Lunatic asylums Burma 1922-24 - 1922-1924
Year: 1922
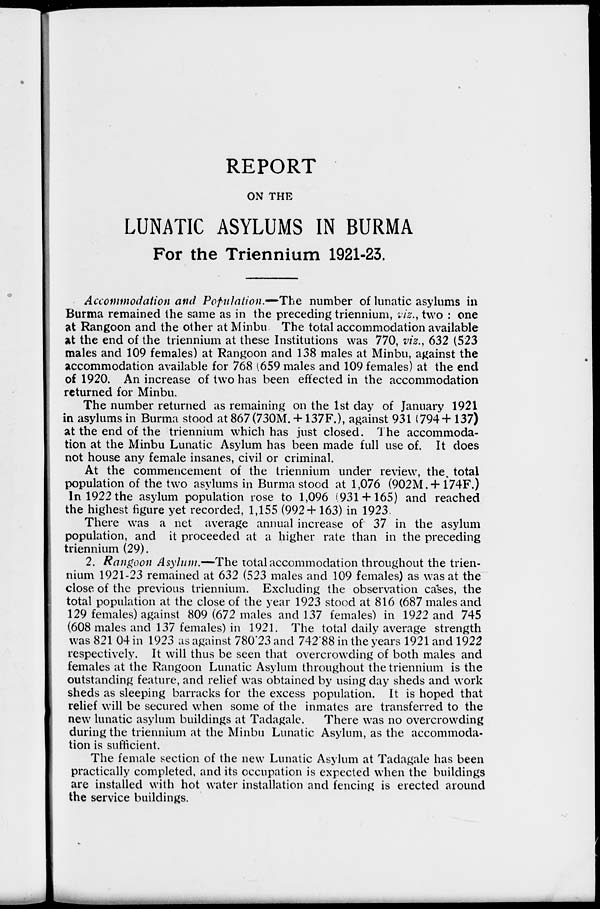
REPORT
ON THE
LUNATIC ASYLUMS IN BURMA
For the Triennium 1921-23.
Accommodation and Population.—The number of lunatic asylums in
Burma remained the same as in the preceding triennium, viz., two : one
at Rangoon and the other at Minbu. The total accommodation available
at the end of the triennium at these Institutions was 770, viz., 632 (523
males and 109 females) at Rangoon and 138 males at Minbu, against the
accommodation available for 768 (659 males and 109 females) at the end
of 1920. An increase of two has been effected in the accommodation
returned for Minbu.
The number returned as remaining on the 1st day of January 1921
in asylums in Burma stood at 867(730M.+137F.), against 931 (794+ 137)
at the end of the triennium which has just closed. The accommoda-
tion at the Minbu Lunatic Asylum has been made full use of. It does
not house any female insanes, civil or criminal.
At the commencement of the triennium under review, the. total
population of the two asylums in Burma stood at 1,076 (902M. + 174F.)
In 1922 the asylum population rose to 1,096 (931+165) and reached
the highest figure yet recorded, 1,155 (992+163) in 1923.
There was a net average annual increase of 37 in the asylum
population, and it proceeded at a higher rate than in the preceding
triennium (29).
2. Rangoon Asylum.—The total accommodation throughout the trien-
nium 1921-23 remained at 632 (523 males and 109 females) as was at the
close of the previous triennium. Excluding the observation cases, the
total population at the close of the year 1923 stood at 816 (687 males and
129 females) against 809 (672 males and 137 females) in 1922 and 745
(608 males and 137 females) in 1921. The total daily average strength
was 821 04 in 1923 as against 780.23 and 742.88 in the years 1921 and 1922
respectively. It will thus be seen that overcrowding of both males and
females at the Rangoon Lunatic Asylum throughout the triennium is the
outstanding feature, and relief was obtained by using day sheds and work
sheds as sleeping barracks for the excess population. It is hoped that
relief will be secured when some of the inmates are transferred to the
new lunatic asylum buildings at Tadagale.
There was no overcrowding
during the triennium at the Minbu Lunatic Asylum, as the accommoda-
tion is sufficient.
The female section of the new Lunatic Asylum at Tadagale has been
practically completed, and its occupation is expected when the buildings
are installed with hot water installation and fencing is erected around
the service buildings.